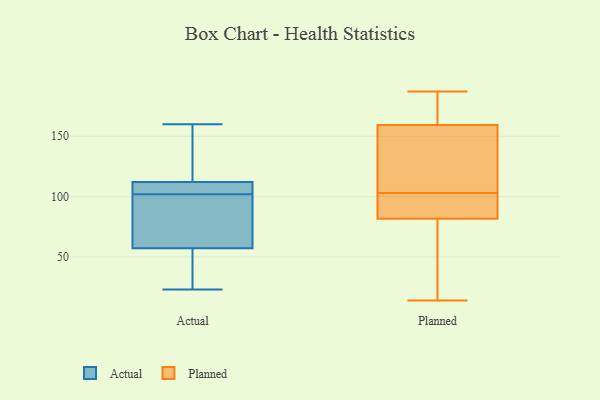
{"axis": {"x": "Satisfaction Score", "y": "Value"}, "legend": ["Actual", "Planned"], "data": [{"x": "", "y": 118, "type": "Actual"}, {"x": "", "y": 104, "type": "Actual"}, {"x": "", "y": 160, "type": "Actual"}, {"x": "", "y": 93, "type": "Actual"}, {"x": "", "y": 135, "type": "Actual"}, {"x": "", "y": 102, "type": "Actual"}, {"x": "", "y": 102, "type": "Actual"}, {"x": "", "y": 65, "type": "Actual"}, {"x": "", "y": 110, "type": "Actual"}, {"x": "", "y": 94, "type": "Actual"}, {"x": "", "y": 34, "type": "Actual"}, {"x": "", "y": 23, "type": "Actual"}, {"x": "", "y": 31, "type": "Actual"}, {"x": "", "y": 168, "type": "Planned"}, {"x": "", "y": 90, "type": "Planned"}, {"x": "", "y": 109, "type": "Planned"}, {"x": "", "y": 110, "type": "Planned"}, {"x": "", "y": 170, "type": "Planned"}, {"x": "", "y": 158, "type": "Planned"}, {"x": "", "y": 103, "type": "Planned"}, {"x": "", "y": 14, "type": "Planned"}, {"x": "", "y": 87, "type": "Planned"}, {"x": "", "y": 66, "type": "Planned"}, {"x": "", "y": 163, "type": "Planned"}, {"x": "", "y": 96, "type": "Planned"}, {"x": "", "y": 90, "type": "Planned"}, {"x": "", "y": 138, "type": "Planned"}, {"x": "", "y": 42, "type": "Planned"}, {"x": "", "y": 187, "type": "Planned"}, {"x": "", "y": 60, "type": "Planned"}]}